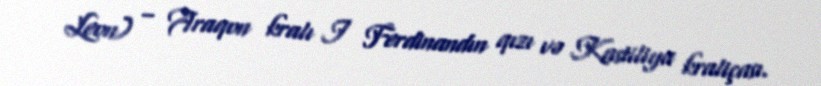
Leon) – Araqon kralı I Ferdinandın qızı və Kastiliya kraliçası.